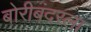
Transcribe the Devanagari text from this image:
बोरीबंदरला